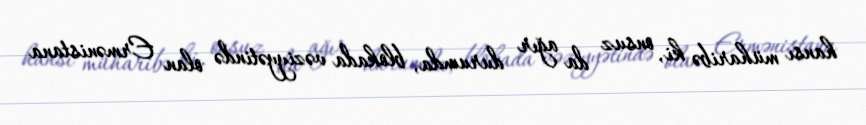
hansı müharibə ki, onsuz da ağır durumda, blokada vəziyyətində olan Ermənistana